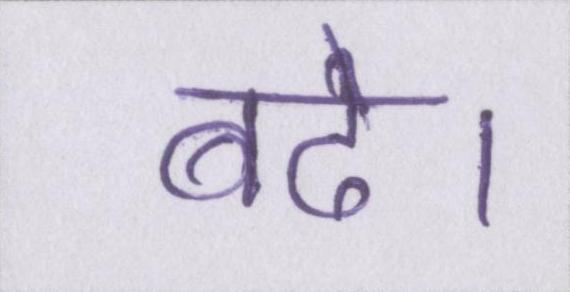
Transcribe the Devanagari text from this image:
बढे।